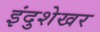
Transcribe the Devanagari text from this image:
इंदुशेखर